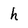
Character: h